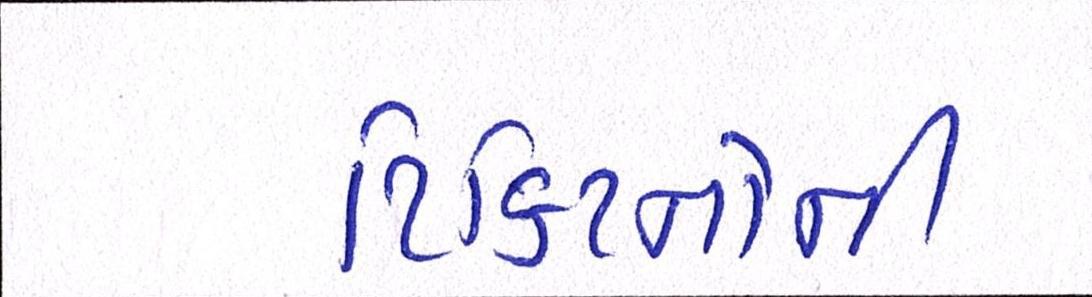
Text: ટિકિટનોની